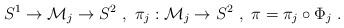
LaTeX: \begin{align*}S^{1}\rightarrow\mathcal{M}_{j}\rightarrow S^{2}\ ,\ \pi_{j}:\mathcal{M}_{j}\rightarrow S^{2}\ ,\ \pi=\pi_{j}\circ\Phi_{j}\ . \end{align*}